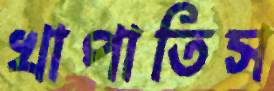
খাপাতিস